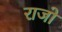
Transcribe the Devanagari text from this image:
राजो